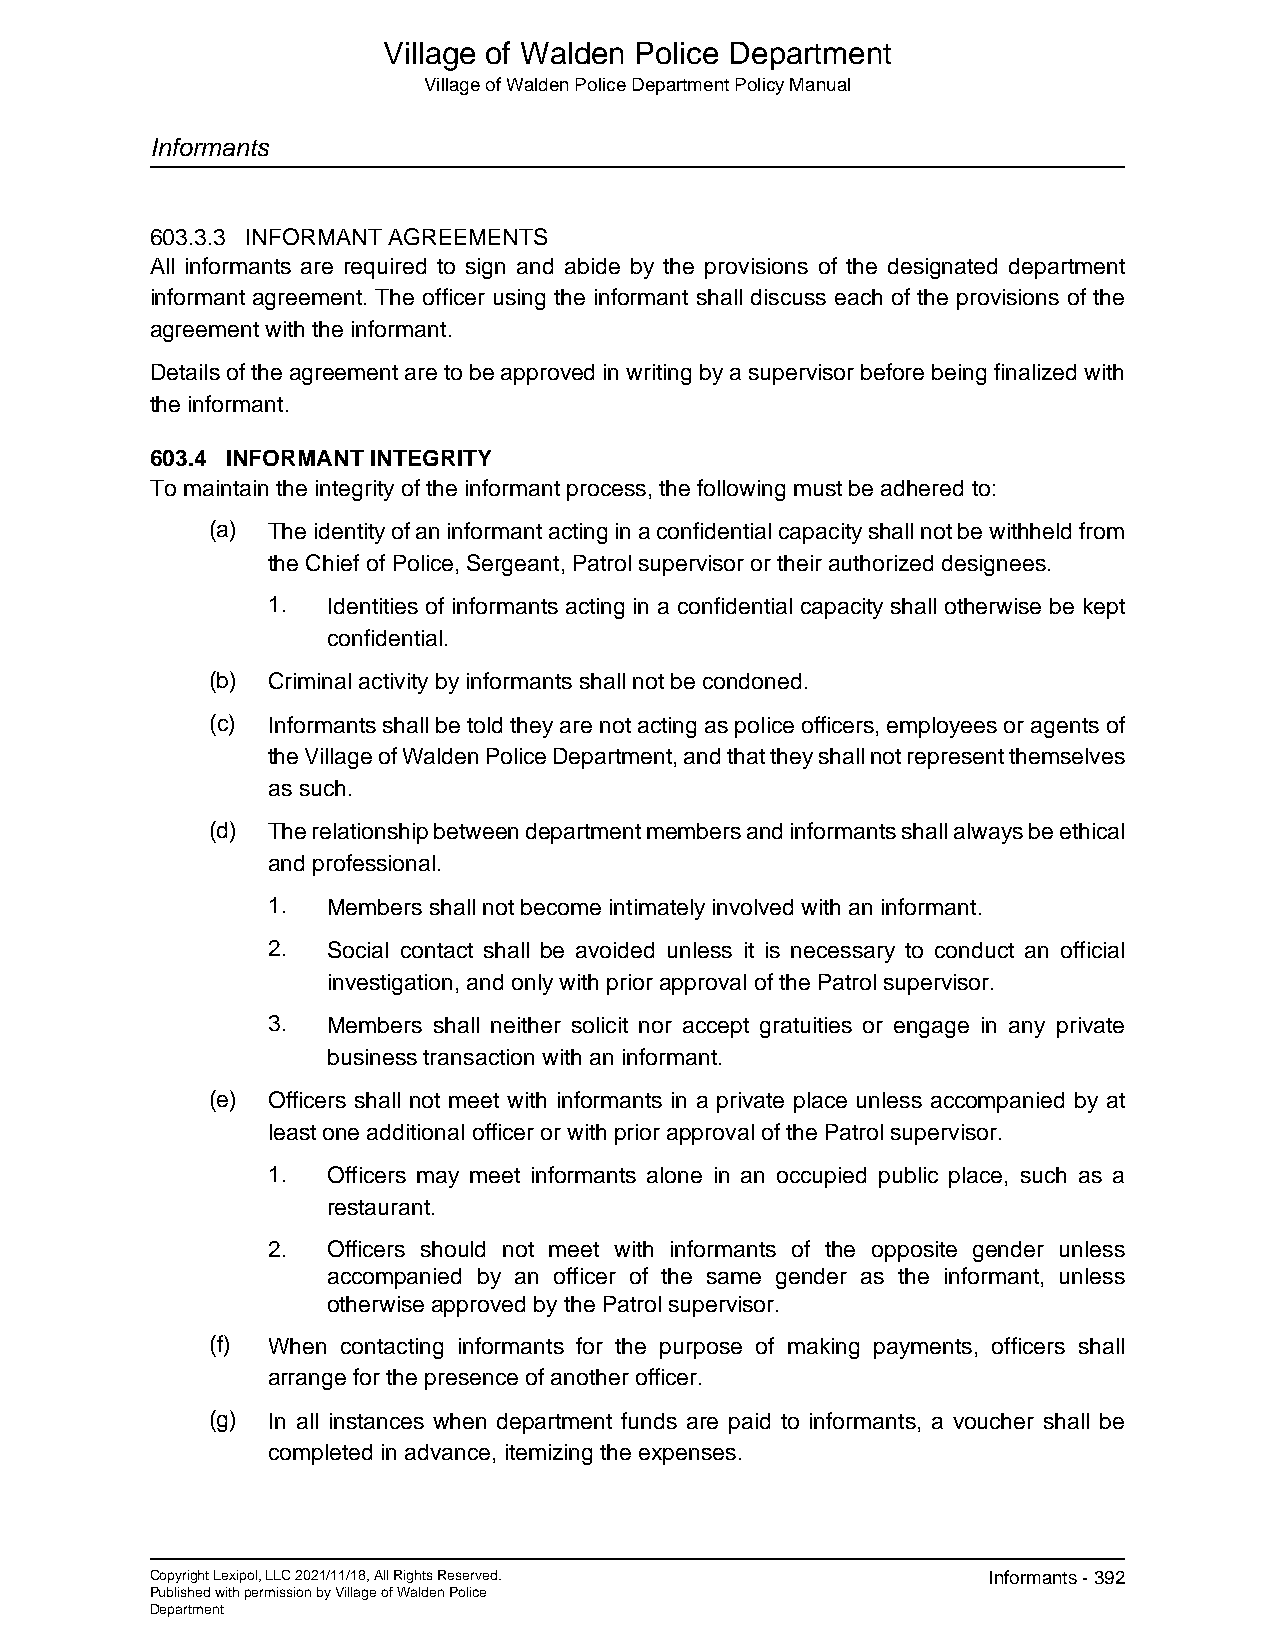
Village of Walden Police Department
 Village of Walden Police Department Policy Manual
 Informants
 603.3.3 INFORMANT AGREEMENTS
 All informants are required to sign and abide by the provisions of the designated department
 informant agreement. The officer using the informant shall discuss each of the provisions of the
 agreement with the informant.
 Details of the agreement are to be approved in writing by a supervisor before being finalized with
 the informant.
 603.4 INFORMANT INTEGRITY
 To maintain the integrity of the informant process, the following must be adhered to:
 (a) The identity of an informant acting in a confidential capacity shall not be withheld from
 the Chief of Police, Sergeant, Patrol supervisor or their authorized designees.
 1.  Identities of informants acting in a confidential capacity shall otherwise be kept
 confidential.
 (b) Criminal activity by informants shall not be condoned.
 (c) Informants shall be told they are not acting as police officers, employees or agents of
 the Village of Walden Police Department, and that they shall not represent themselves
 as such.
 (d) The relationship between department members and informants shall always be ethical
 and professional.
 1.  Members shall not become intimately involved with an informant.
 2.  Social contact shall be avoided unless it is necessary to conduct an official
 investigation, and only with prior approval of the Patrol supervisor.
 3.  Members shall neither solicit nor accept gratuities or engage in any private
 business transaction with an informant.
 (e) Officers shall not meet with informants in a private place unless accompanied by at
 least one additional officer or with prior approval of the Patrol supervisor.
 1.  Officers may meet informants alone in an occupied public place, such as a
 restaurant.
 2.  Officers should not meet with informants of the opposite gender unless
 accompanied by an officer of the same gender as the informant, unless
 otherwise approved by the Patrol supervisor.
 (f) When contacting informants for the purpose of making payments, officers shall
 arrange for the presence of another officer.
 (g) In all instances when department funds are paid to informants, a voucher shall be
 completed in advance, itemizing the expenses.
 Copyright Lexipol, LLC 2021/11/18, All Rights Reserved. Informants - 392
 Published with permission by Village of Walden Police
 Department